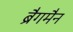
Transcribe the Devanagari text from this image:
ब्रैगमैन